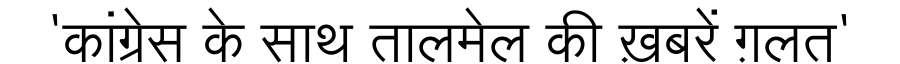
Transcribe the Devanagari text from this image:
'कांग्रेस के साथ तालमेल की ख़बरें ग़लत'